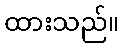
ထားသည်။